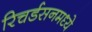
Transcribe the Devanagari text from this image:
रिचर्डसनमध्ये